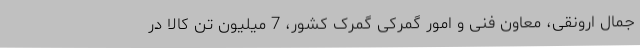
جمال ارونقی، معاون فنی و امور گمرکی گمرک کشور، 7 میلیون تن کالا در